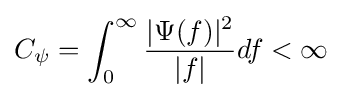
C_{\psi }=\int _{0}^{\infty }{\frac {|\Psi (f)|^{2}}{|f|}}df<\infty